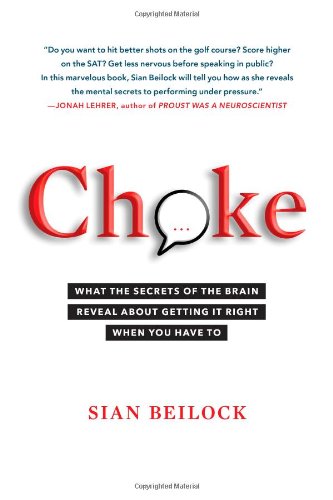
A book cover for Choke: What the Secrets of the Brain Reveal About Getting It Right When You Have To; Sian Beilock; Health, Fitness & Dieting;